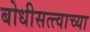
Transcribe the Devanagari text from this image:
बोधीसत्त्वाच्या